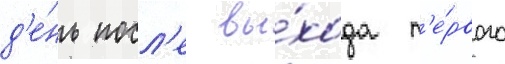
д'е́нь посл'е вы́хода п'е́рвого